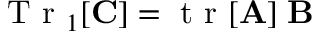
\ensuremath { \mathrm { ~ T ~ r ~ } } _ { 1 } [ \ensuremath { \mathbf { C } } ] = \ensuremath { \mathrm { ~ t ~ r ~ } } [ \ensuremath { \mathbf { A } } ] \; \ensuremath { \mathbf { B } }